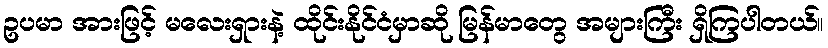
ဥပမာ အားဖြင့် မလေးရှားနဲ့ ထိုင်းနိုင်ငံမှာဆို မြန်မာတွေ အများကြီး ရှိကြပါတယ်။